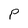
Character: P